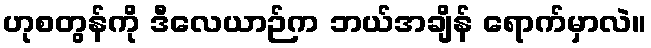
ဟုစတွန်ကို ဒီလေယာဉ်က ဘယ်အချိန် ရောက်မှာလဲ။